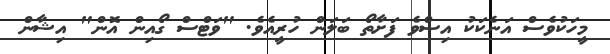
މީހަކުވެސް އަނެކަކު އިސްވެ ފަށާތޯ ބަލަން ހުރީއެވެ. "ވަޓްސް ގޯއިން އޮން" އިޝާން